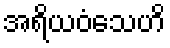
အရိယဝံသေဟိ